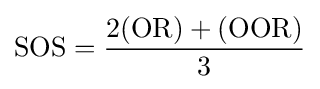
\mathrm {SOS} ={\frac {\mathrm {2(OR)+(OOR)} }{\mathrm {3} }}